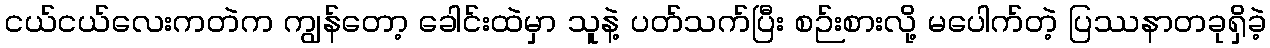
ငယ်ငယ်လေးကတဲက ကျွန်တော့ ခေါင်းထဲမှာ သူနဲ့ ပတ်သက်ပြီး စဉ်းစားလို့ မပေါက်တဲ့ ပြဿနာတခုရှိခဲ့